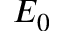
E _ { 0 }